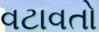
વટાવતો